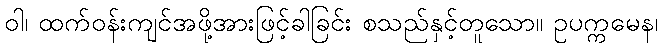
ဝါ၊ ထက်ဝန်းကျင်အဖို့အားဖြင့်ခါခြင်း စသည်နှင့်တူသော။ ဥပက္ကမေန၊